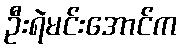
ဦးရဲမင်းအောင်က